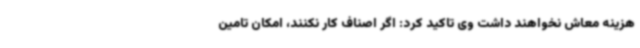
هزینه معاش نخواهند داشت وی تاکید کرد: اگر اصناف کار نکنند، امکان تامین